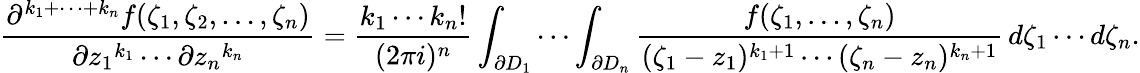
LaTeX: {\frac{\partial^{k_{1}+\cdots+k_{n}}f(\zeta_{1},\zeta_{2},\ldots,\zeta_{n})}{\partial{z_{1}}^{k_{1}}\cdots\partial{z_{n}}^{k_{n}}}}={\frac{k_{1}\cdots k_{n}!}{(2\pi i)^{n}}}\int_{\partial D_{1}}\cdots\int_{\partial D_{n}}{\frac{f(\zeta_{1},\dots,\zeta_{n})}{(\zeta_{1}-z_{1})^{k_{1}+1}\cdots(\zeta_{n}-z_{n})^{k_{n}+1}}}\, d\zeta_{1}\cdots d\zeta_{n}.